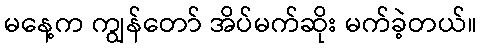
မနေ့က ကျွန်တော် အိပ်မက်ဆိုး မက်ခဲ့တယ်။